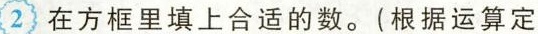
2 在方框里填上合适的数。(根据运算定